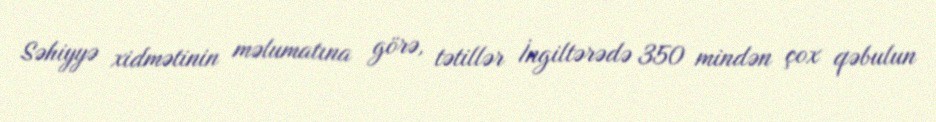
Səhiyyə xidmətinin məlumatına görə, tətillər İngiltərədə 350 mindən çox qəbulun